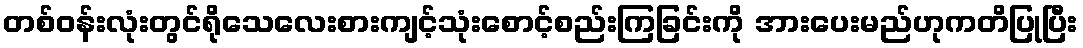
တစ်ဝန်းလုံးတွင်ရိုသေလေးစားကျင့်သုံးစောင့်စည်းကြခြင်းကို အားပေးမည်ဟုကတိပြုပြီး